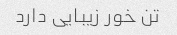
تن خور زیبایی دارد